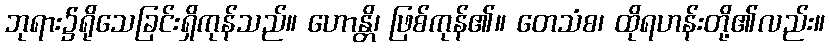
ဘုရား၌ရိုသေခြင်းရှိကုန်သည်။ ဟောန္တိ၊ ဖြစ်ကုန်၏။ တေသံစ၊ ထိုရဟန်းတို့၏လည်း။